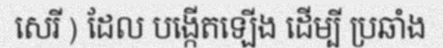
សេរី ) ដែល បង្កើតឡើង ដើម្បី ប្រឆាំង